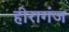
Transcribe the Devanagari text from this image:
हीरागंज